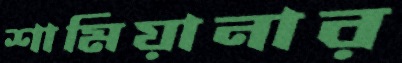
শামিয়ানার